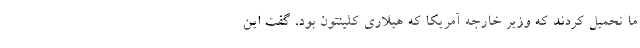
ما تحمیل کردند که وزیر خارجه آمریکا که هیلاری کلینتون بود، گفت این